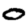
Digit: 0